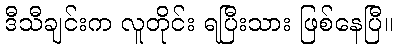
ဒီသီချင်းက လူတိုင်း ရပြီးသား ဖြစ်နေပြီ။